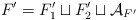
\begin{align*}F' = F_1' \sqcup F_2' \sqcup \mathcal{A}_{F'}\end{align*}